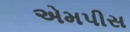
એમપીસ